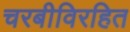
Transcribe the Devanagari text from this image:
चरबीविरहित